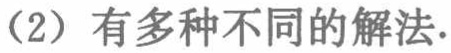
（2）有多种不同的解法.